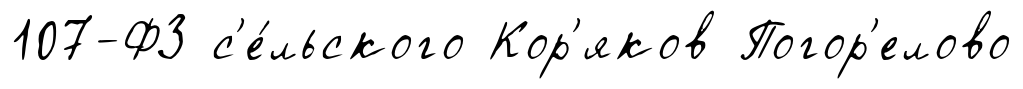
107-ФЗ с'е́льского Кор'яков Погор'елово